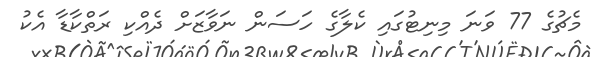
މެޗުގެ 77 ވަނަ މިނިޓުގައި ކެލާގެ ހަސަން ނަވާޒަށް ދެއްކި ރަތްކާޑާ އެކު